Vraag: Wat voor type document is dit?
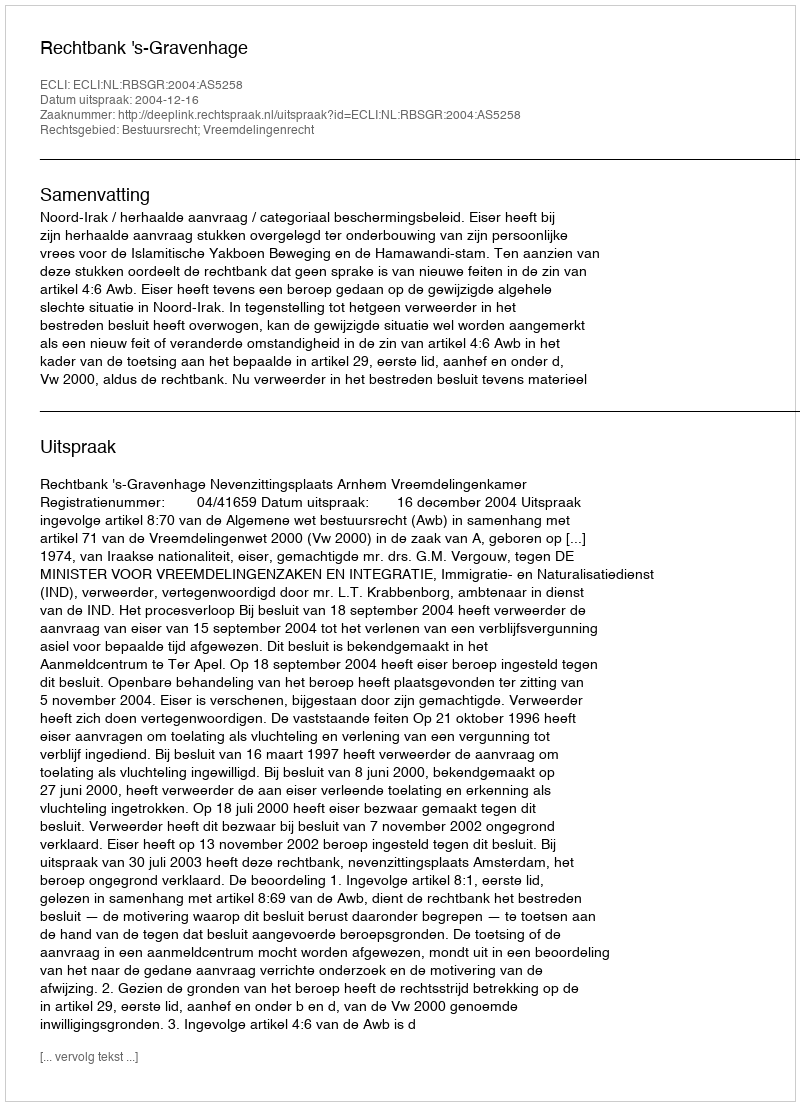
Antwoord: Uitspraak